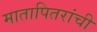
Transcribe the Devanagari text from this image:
मातापितरांची